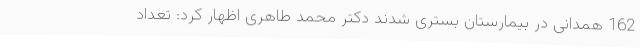
162 همدانی در بیمارستان بستری شدند دکتر محمد طاهری اظهار کرد: تعداد